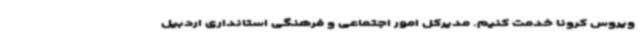
ویروس کرونا خدمت کنیم. مدیرکل امور اجتماعی و فرهنگی استانداری اردبیل